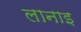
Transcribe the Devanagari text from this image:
लानाइ